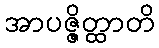
အာပဇ္ဇိတ္ထာတိ